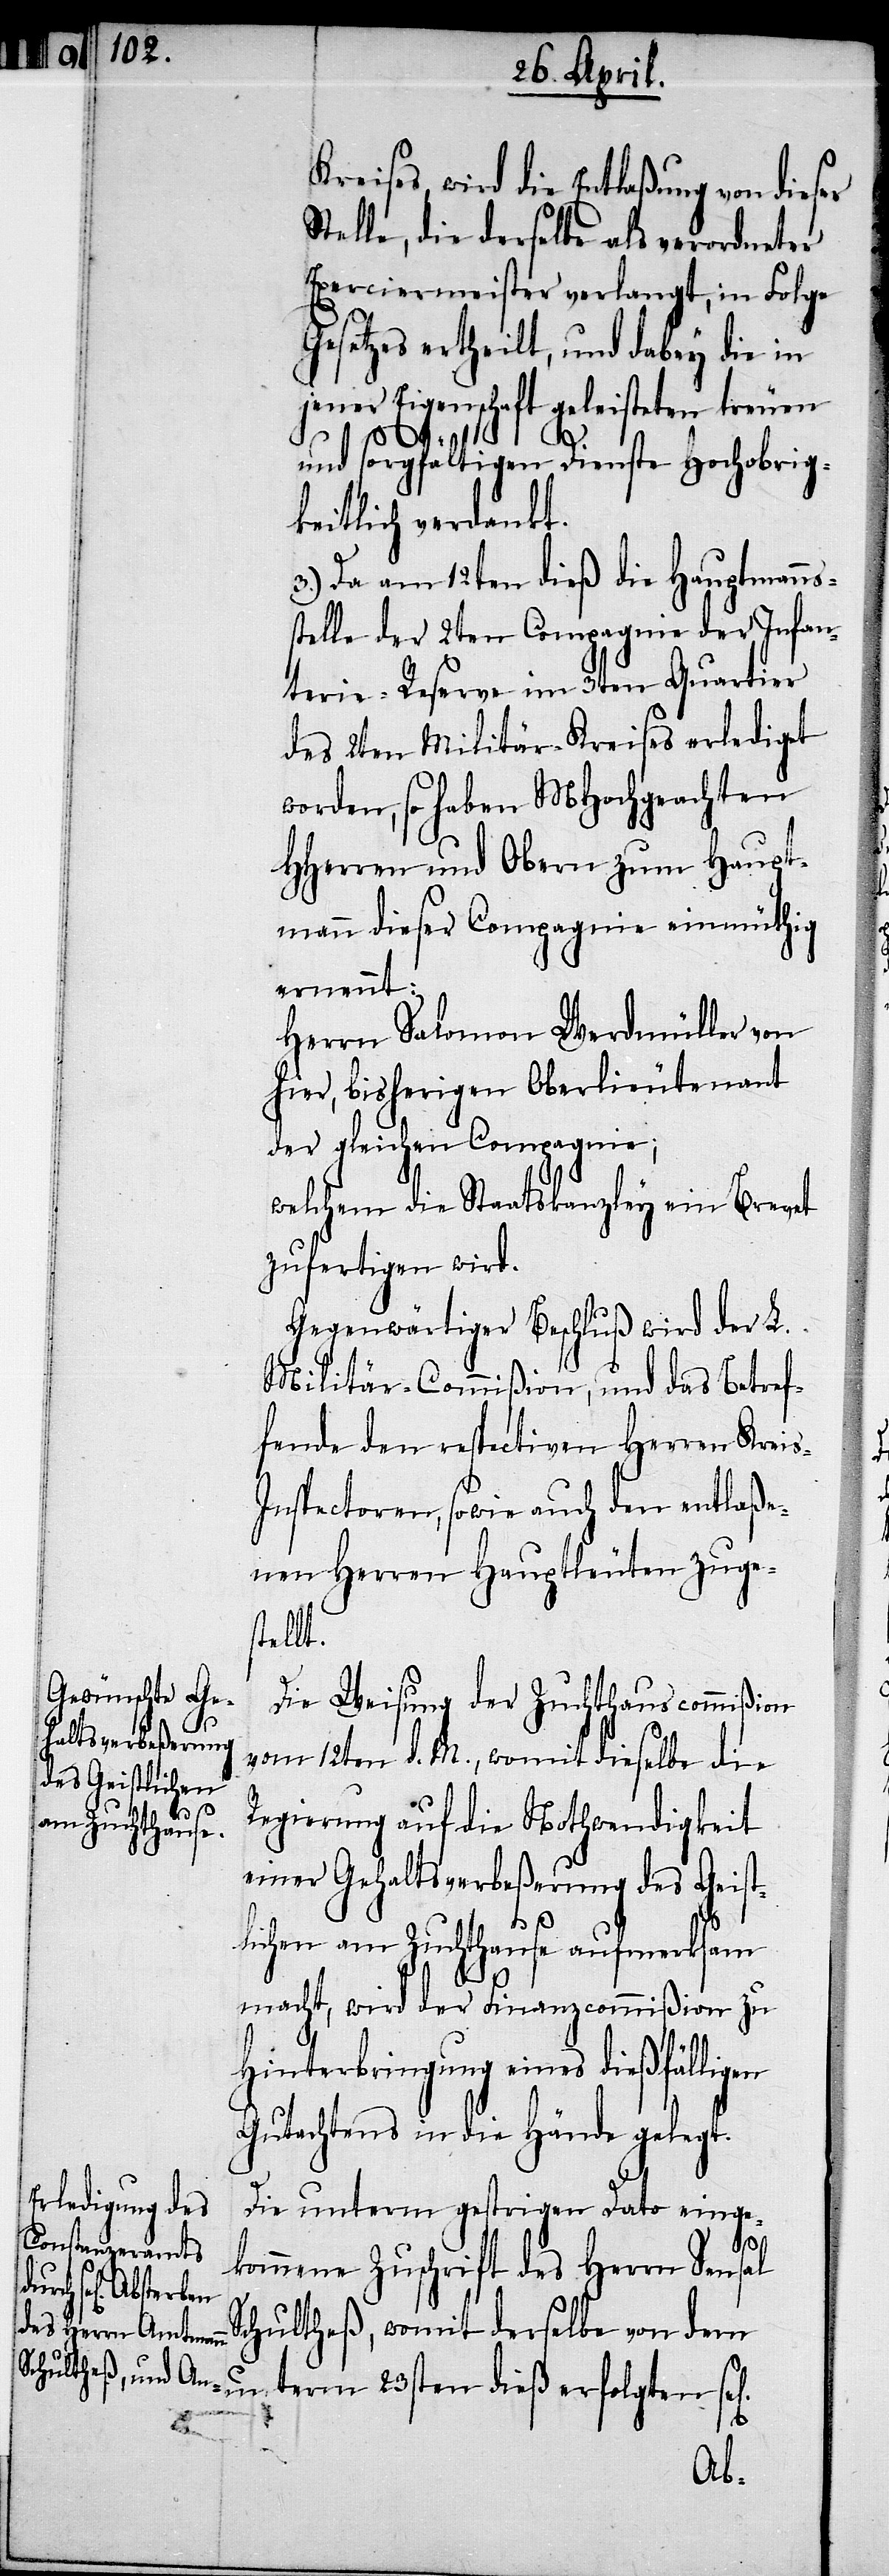
reises, wird die Entlaßung von dieser
Stelle, die derselbe als verordneter
Exerciermeister verlangt, in Folge
Gesetzes ertheilt, und dabey die in
jener Eigenschaft geleisteten treuen
l[igen]
und sorgfältigen Dienste Hochobrig¬
keitlich verdankt.
3.) Da am 12ten dieß die Hauptmanns¬
stelle der 2ten Compagnie der Infan¬
terie-Reserve im 3ten Quartier
des 2ten Militär-Kreises erlediget
worden, so haben MHochgeachten
HHerren und Obern zum Haupt¬
mann dieser Compagnie einmüthig
ernennt:
Herrn Salomon Werdmüller von
hier, bisherigen Oberlieutenant
der gleichen Compagnie;
welchem die Staatskanzley ein Brevet
zufertigen wird.
Gegenwärtiger Beschluß wird der L.
Militär-Commißion, und das Betref¬
fende den respectiven Herren Krei¬
s-Inspectoren, sowie auch den entlaße¬
nen Herren Hauptleuten zuges¬
tellt.
Die Weisung der Zuchthauscommißion
vom 12ten d. M., womit dieselbe die
Regierung auf die Nothwendigkeit
einer Gehaltsverbeßerung des Geist¬
lichen am Zuchthause aufmerksam
macht, wird der Finanzcommißion zu
Hinterbringung eines dießfälligen
Gutachtens in die Hände gelegt.
Die unterm gestrigen Dato einge¬
kommene Zuschrift des Herrn Sensal
Schultheß, womit derselbe von dem
term 23sten dieß erfolgten se¬
un¬
K¬